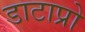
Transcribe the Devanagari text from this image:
डाटाप्रो